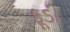
ફૂડી